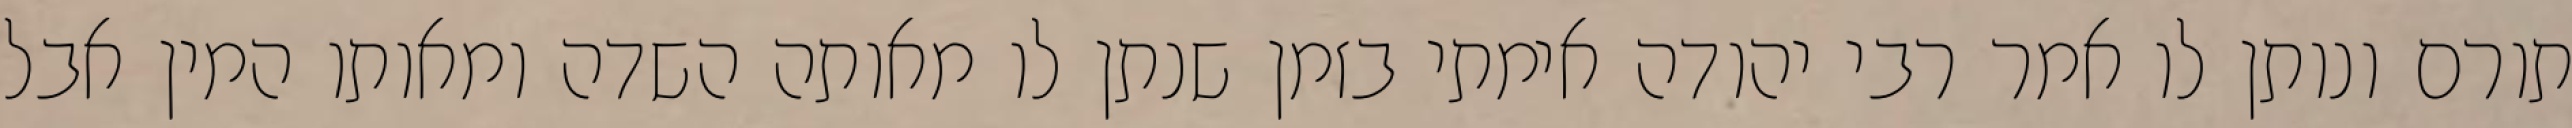
תורם ונותן לו אמר רבי יהודה אימתי בזמן שנתן לו מאותה השדה ומאותו המין אבל